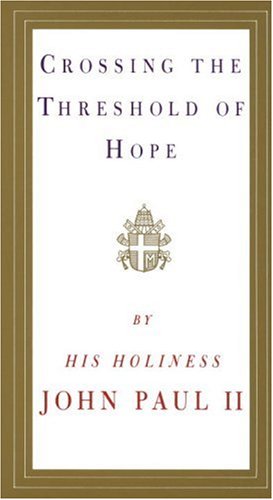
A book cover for Crossing the Threshold of Hope; Pope John Paul II; Christian Books & Bibles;